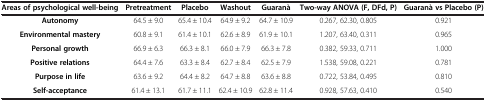
<table><thead><tr><td><b>Areas of psychological well-being</b></td><td><b>Pretreatment</b></td><td><b>Placebo</b></td><td><b>Washout</b></td><td><b>Guaranà</b></td><td><b>Two-way ANOVA (F, DFd, P)</b></td><td><b>Guaranà vs Placebo (P)</b></td></tr></thead><tbody><tr><td><b>Autonomy</b></td><td>64.5 ± 9.0</td><td>65.4 ± 10.4</td><td>64.9 ± 9.2</td><td>64.7 ± 10.9</td><td>0.267, 62.30, 0.805</td><td>0.921</td></tr><tr><td><b>Environmental mastery</b></td><td>60.8 ± 9.1</td><td>61.4 ± 10.1</td><td>62.6 ± 8.9</td><td>61.9 ± 10.1</td><td>1.207, 63.40, 0.311</td><td>0.965</td></tr><tr><td><b>Personal growth</b></td><td>66.9 ± 6.3</td><td>66.3 ± 8.1</td><td>66.0 ± 7.9</td><td>66.3 ± 7.8</td><td>0.382, 59.33, 0.711</td><td>1.000</td></tr><tr><td><b>Positive relations</b></td><td>64.4 ± 7.6</td><td>63.3 ± 8.4</td><td>62.7 ± 8.4</td><td>62.5 ± 7.9</td><td>1.538, 59.08, 0.221</td><td>0.781</td></tr><tr><td><b>Purpose in life</b></td><td>63.6 ± 9.2</td><td>64.4 ± 8.2</td><td>64.7 ± 8.8</td><td>63.6 ± 8.8</td><td>0.722, 53.84, 0.495</td><td>0.810</td></tr><tr><td><b>Self-acceptance</b></td><td>61.4 ± 13.1</td><td>61.7 ± 11.1</td><td>62.4 ± 10.9</td><td>62.8 ± 11.4</td><td>0.928, 57.63, 0.410</td><td>0.540</td></tr></tbody></table>